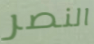
النصر